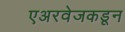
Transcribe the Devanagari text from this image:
एअरवेजकडून